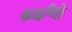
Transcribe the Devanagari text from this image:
ह्याट्सविल्ले